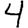
Digit: 4